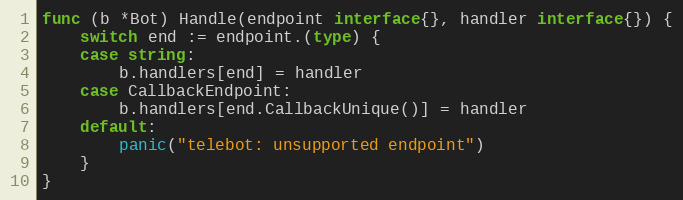
Language: Go
func (b *Bot) Handle(endpoint interface{}, handler interface{}) {
	switch end := endpoint.(type) {
	case string:
		b.handlers[end] = handler
	case CallbackEndpoint:
		b.handlers[end.CallbackUnique()] = handler
	default:
		panic("telebot: unsupported endpoint")
	}
}